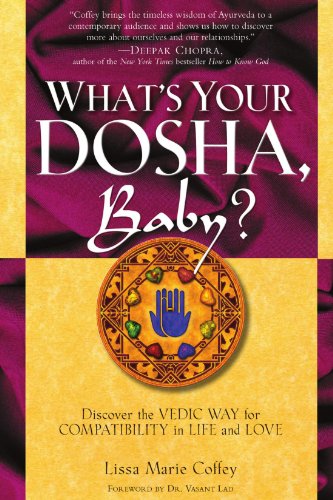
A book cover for What's Your Dosha, Baby?: Discover the Vedic Way for Compatibility in Life and Love; Lisa Marie Coffey; Health, Fitness & Dieting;